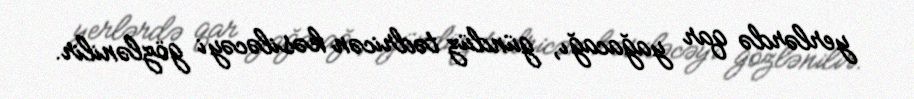
yerlərdə qar yağacağı, gündüz tədricən kəsiləcəyi gözlənilir.